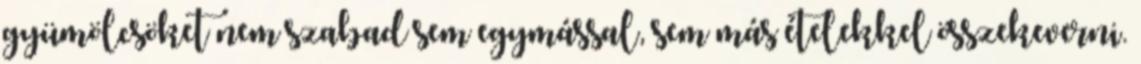
gyümölcsöket nem szabad sem egymással, sem más ételekkel összekeverni.